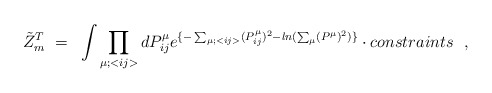
\begin{align*}{\tilde Z}_m^T~=~\int \prod_{\mu;<{ij}>} dP^{\mu}_{ij}e^{\{-\sum_{\mu;<{ij}>} (P^{\mu}_{ij})^2- ln(\sum_{\mu}(P^{\mu})^2) \}} \cdot {constraints}~~, \end{align*}